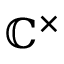
\mathbb { C } ^ { \times }